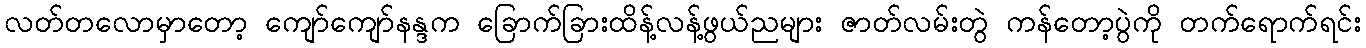
လတ်တလောမှာတော့ ကျော်ကျော်နန္ဒက ခြောက်ခြားထိန့်လန့်ဖွယ်ညများ ဇာတ်လမ်းတွဲ ကန်တော့ပွဲကို တက်ရောက်ရင်း